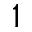
^ 1